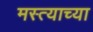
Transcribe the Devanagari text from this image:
मस्त्याच्या